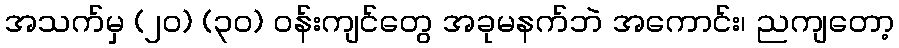
အသက်မှ (၂၀) (၃၀) ဝန်းကျင်တွေ အခုမနက်ဘဲ အကောင်း၊ ညကျတော့